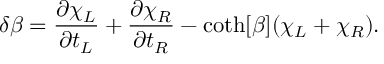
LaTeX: \delta \beta = \frac { \partial \chi _ { L } } { \partial t _ { L } } + \frac { \partial \chi _ { R } } { \partial t _ { R } } - \coth [ \beta ] ( \chi _ { L } + \chi _ { R } ) .